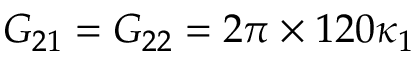
G _ { 2 1 } = G _ { 2 2 } = 2 \pi \times 1 2 0 \kappa _ { 1 }